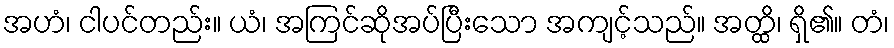
အဟံ၊ ငါပင်တည်း။ ယံ၊ အကြင်ဆိုအပ်ပြီးသော အကျင့်သည်။ အတ္ထိ၊ ရှိ၏။ တံ၊